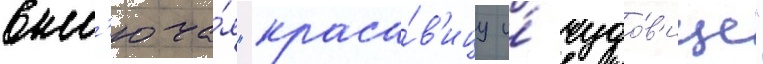
вкл'юча́я "краса́в'ицу и́ чудо́в'ище"